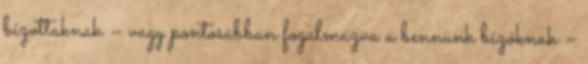
bízottaknak – vagy pontosabban fogalmazva a bennünk bízóknak –